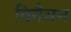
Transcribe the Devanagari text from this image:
विगैसन